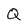
Character: Q